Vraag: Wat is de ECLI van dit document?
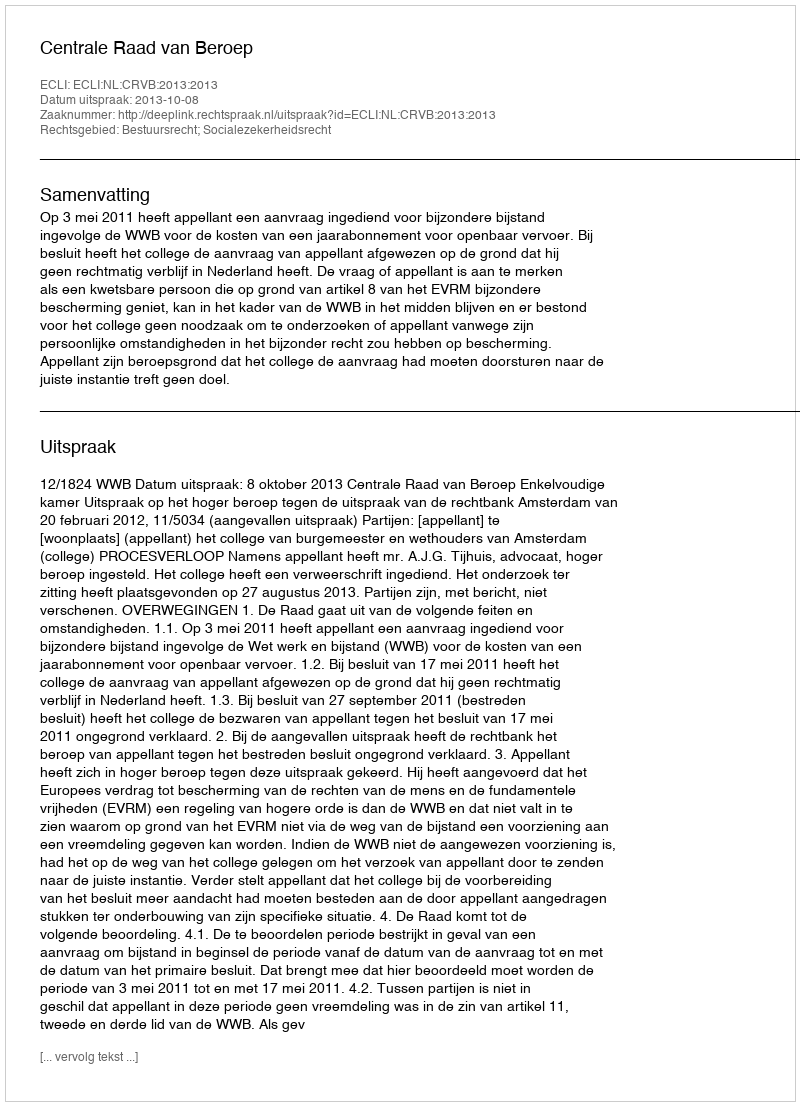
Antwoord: ECLI:NL:CRVB:2013:2013